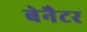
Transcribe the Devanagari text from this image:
बेनैटर